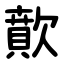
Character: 歕